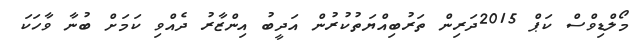
މޯލްޑިވްސް ކަޕް 2015ދަރިން ތަރުބިއްޔަތުކުރުން އަދީބު އިންޒާރު ދެއްވި ކަމަށް ބުނާ ވާހަކަ